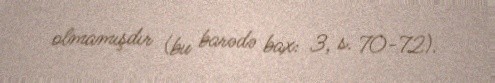
olmamışdır (bu barədə bax: 3, s. 70-72).